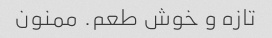
تازه و خوش طعم. ممنون